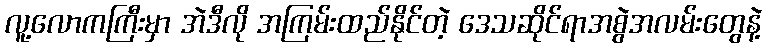
လူ့လောကကြီးမှာ အဲဒီလို အကြမ်းထည်နိုင်တဲ့ ဒေသဆိုင်ရာအစွဲအလမ်းတွေနဲ့